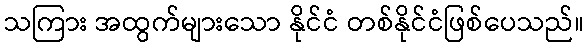
သကြား အထွက်များသော နိုင်ငံ တစ်နိုင်ငံဖြစ်ပေသည်။